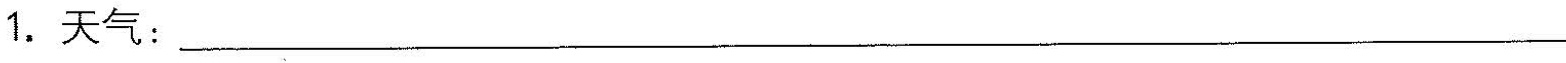
1.天气___